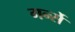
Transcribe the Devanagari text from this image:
गर्न्से